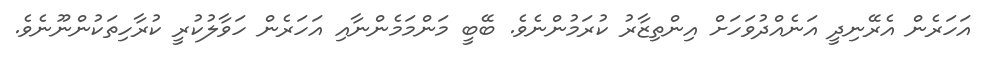
އަހަރެން އެރޭނިދީ އަނެއްދުވަހަށް އިންތިޒާރު ކުރަމުންނެވެ. ބޭބީ މަންމަމެންނާއި އަހަރެން ހަވާލުކުރީ ކުރާހިތަކުންނޫނެވެ.